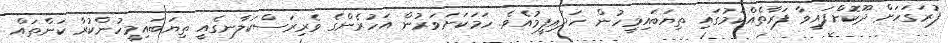
ފުރަގަހަށް ދޫކޮށްފައިވާ ފަރާތެއްކަމުގައި ތިޔަބައިމީހުން ހަދައިފީމުއެވެ. ހަމަކަށަވަރުން އަހުރެންގެ ވެރިރަސްކަލާނގެއީ ތިޔަބައިމީހުންކުރާ ކަންތައް